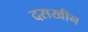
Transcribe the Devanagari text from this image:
दसखीन